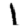
Digit: 1